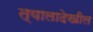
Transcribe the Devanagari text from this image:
त्यालादेखील